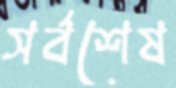
সর্বশেষ